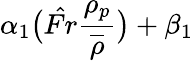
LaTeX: \alpha_{1}\big(\hat{Fr}\frac{\rho_{p}}{\overline{{\rho}}}\big)+\beta_{1}